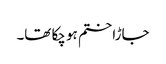
جاڑا ختم ہو چکا تھا۔